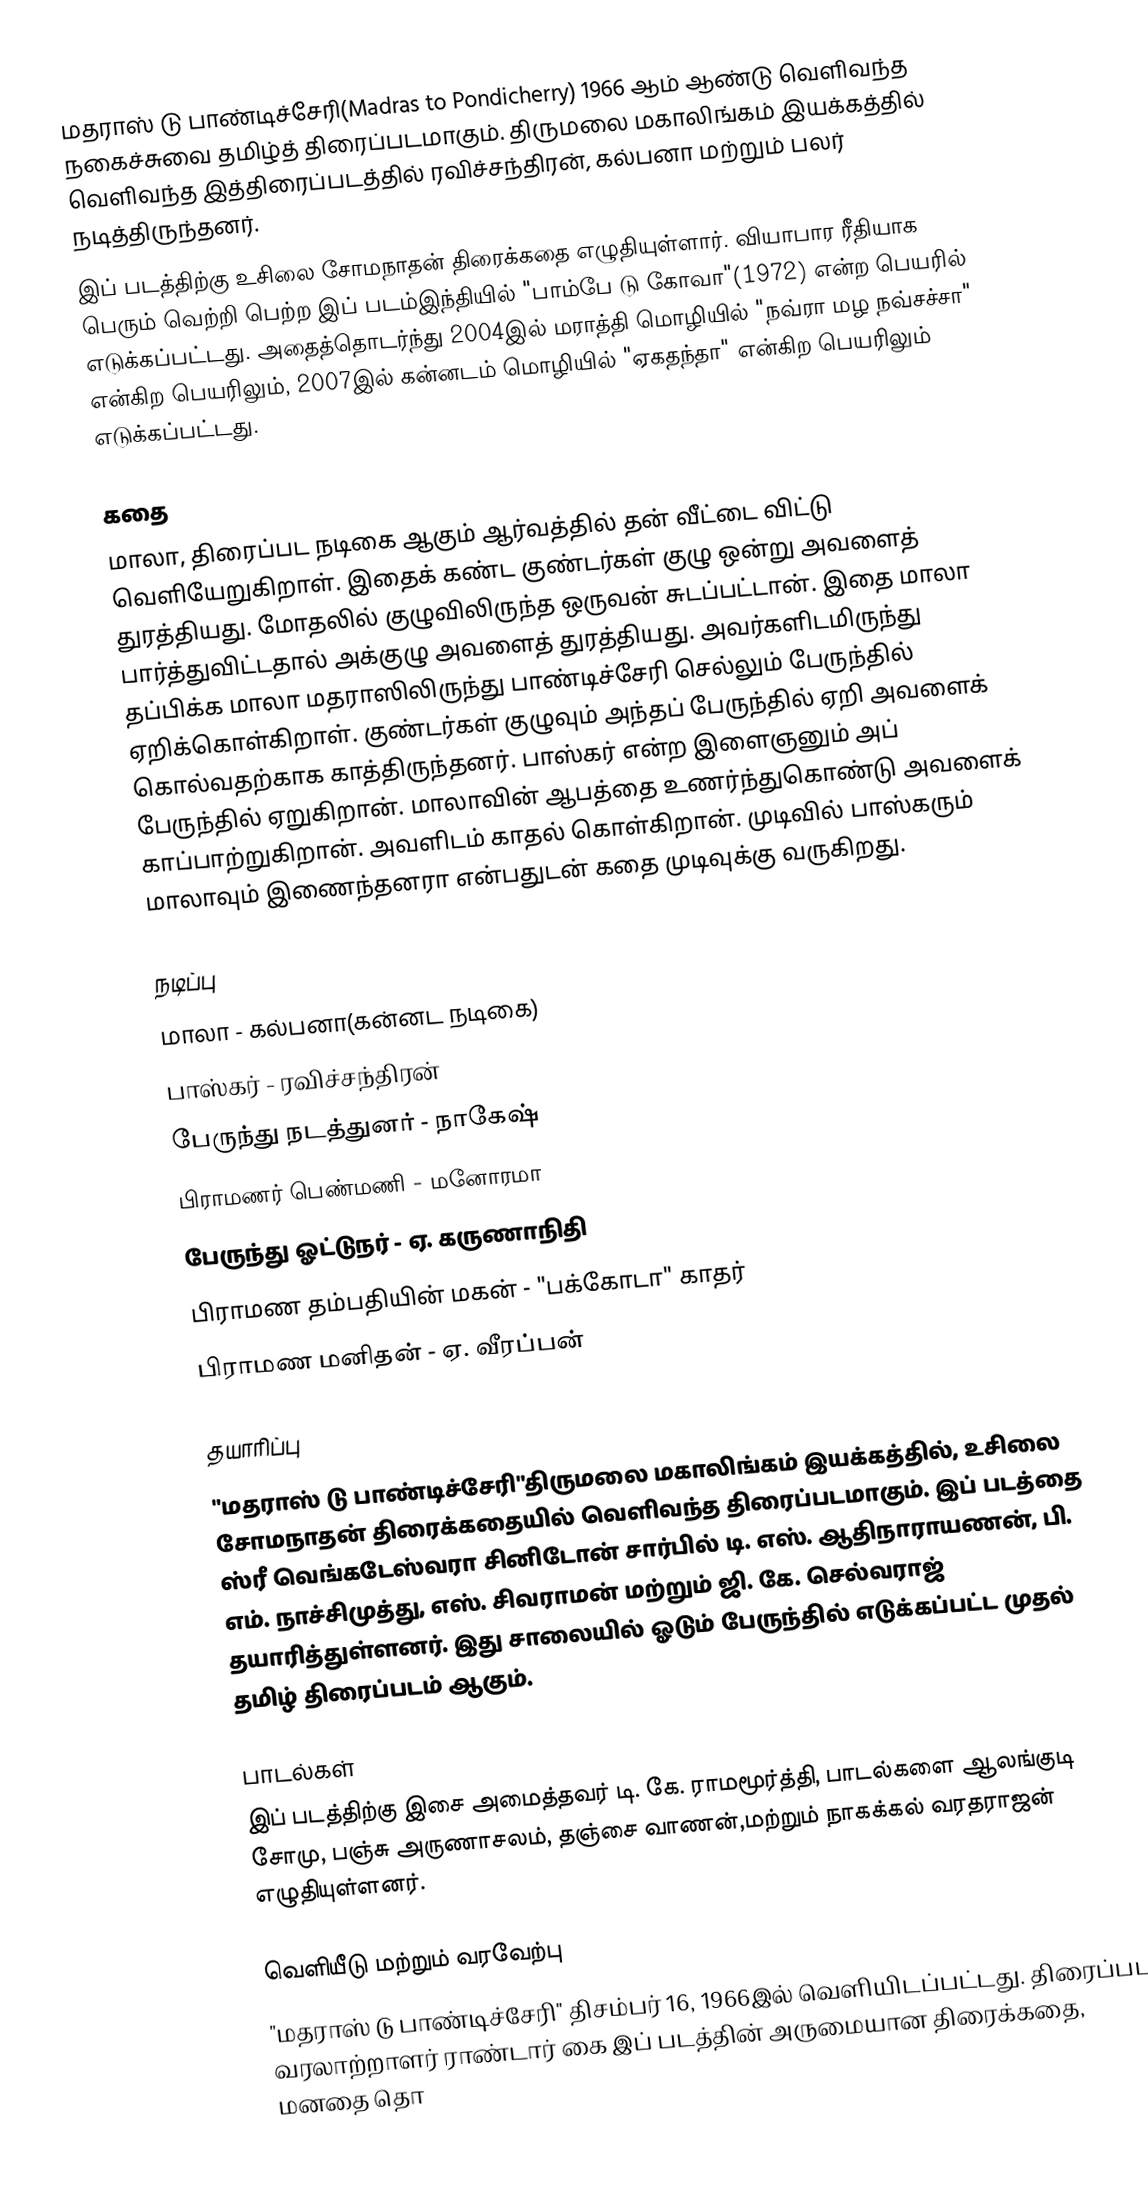
மதராஸ் டு பாண்டிச்சேரி(Madras to Pondicherry) 1966 ஆம் ஆண்டு வெளிவந்த நகைச்சுவை தமிழ்த் திரைப்படமாகும். திருமலை மகாலிங்கம் இயக்கத்தில் வெளிவந்த இத்திரைப்படத்தில் ரவிச்சந்திரன், கல்பனா மற்றும் பலர் நடித்திருந்தனர்.
இப் படத்திற்கு உசிலை சோமநாதன் திரைக்கதை எழுதியுள்ளார். வியாபார ரீதியாக பெரும் வெற்றி பெற்ற இப் படம்இந்தியில் "பாம்பே டு கோவா"(1972) என்ற பெயரில் எடுக்கப்பட்டது. அதைத்தொடர்ந்து 2004இல் மராத்தி மொழியில் "நவ்ரா மழ நவ்சச்சா" என்கிற பெயரிலும், 2007இல் கன்னடம் மொழியில் "ஏகதந்தா" என்கிற பெயரிலும் எடுக்கப்பட்டது.

கதை
மாலா, திரைப்பட நடிகை ஆகும் ஆர்வத்தில் தன் வீட்டை விட்டு வெளியேறுகிறாள். இதைக் கண்ட குண்டர்கள் குழு ஒன்று அவளைத் துரத்தியது. மோதலில் குழுவிலிருந்த ஒருவன் சுடப்பட்டான். இதை மாலா பார்த்துவிட்டதால் அக்குழு அவளைத் துரத்தியது. அவர்களிடமிருந்து தப்பிக்க மாலா மதராஸிலிருந்து பாண்டிச்சேரி செல்லும் பேருந்தில் ஏறிக்கொள்கிறாள். குண்டர்கள் குழுவும் அந்தப் பேருந்தில் ஏறி அவளைக் கொல்வதற்காக காத்திருந்தனர். பாஸ்கர் என்ற இளைஞனும் அப் பேருந்தில் ஏறுகிறான். மாலாவின் ஆபத்தை உணர்ந்துகொண்டு அவளைக் காப்பாற்றுகிறான். அவளிடம் காதல் கொள்கிறான். முடிவில் பாஸ்கரும் மாலாவும் இணைந்தனரா என்பதுடன் கதை முடிவுக்கு வருகிறது.

நடிப்பு
மாலா - கல்பனா(கன்னட நடிகை)
பாஸ்கர் - ரவிச்சந்திரன்
பேருந்து நடத்துனர் - நாகேஷ்
பிராமணர் பெண்மணி - மனோரமா
பேருந்து ஓட்டுநர் - ஏ. கருணாநிதி
பிராமண தம்பதியின் மகன் - "பக்கோடா" காதர்
பிராமண மனிதன் - ஏ. வீரப்பன்

தயாரிப்பு
"மதராஸ் டு பாண்டிச்சேரி"திருமலை மகாலிங்கம் இயக்கத்தில், உசிலை சோமநாதன் திரைக்கதையில் வெளிவந்த திரைப்படமாகும். இப் படத்தை ஸ்ரீ வெங்கடேஸ்வரா சினிடோன் சார்பில் டி. எஸ். ஆதிநாராயணன், பி. எம். நாச்சிமுத்து, எஸ். சிவராமன் மற்றும் ஜி. கே. செல்வராஜ் தயாரித்துள்ளனர். இது சாலையில் ஓடும் பேருந்தில் எடுக்கப்பட்ட முதல் தமிழ் திரைப்படம் ஆகும்.

பாடல்கள்
இப் படத்திற்கு இசை அமைத்தவர் டி. கே. ராமமூர்த்தி, பாடல்களை ஆலங்குடி சோமு, பஞ்சு அருணாசலம், தஞ்சை வாணன்,மற்றும் நாகக்கல் வரதராஜன் எழுதியுள்ளனர்.

வெளியீடு மற்றும் வரவேற்பு
"மதராஸ் டு பாண்டிச்சேரி" திசம்பர் 16, 1966இல் வெளியிடப்பட்டது. திரைப்பட வரலாற்றாளர் ராண்டார் கை இப் படத்தின் அருமையான திரைக்கதை, மனதை தொ